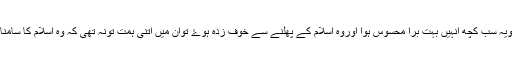
اورجب انہوں نے دیکھا کہ دنیا کے مختلف کونوں میں لوگ کثرت سے اسلام قبول کررہے ہیں ، تویہ سب کچھ انہیں بہت برا محسوس ہوا اوروہ اسلام کے پھلنے سے خوف زدہ ہوۓ توان میں اتنی ہمت تونہ تھی کہ وہ اسلام کا سامنا کرسکیں لیکن انہوں نے ایک کمزورسا حیلہ تلاش کیا جوکہ سب وشتم اورطعن بازي کا حیلہ ہے ۔